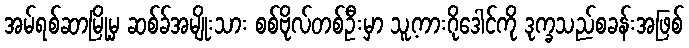
အမ်ရစ်ဆာမြို့မှ ဆစ်ခ်အမျိုးသား စစ်ဗိုလ်တစ်ဦးမှာ သူ့ကားဂိုဒေါင်ကို ဒုက္ခသည်စခန်းအဖြစ်